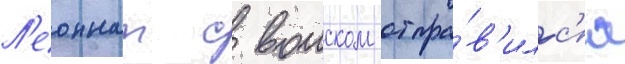
Л'еоннат с воиском отпра́в'илс'я